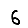
Digit: 6